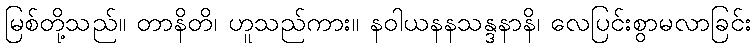
မြစ်တို့သည်။ တာနိတိ၊ ဟူသည်ကား။ နဝါယနနသန္ဒနာနိ၊ လေပြင်းစွာမလာခြင်း